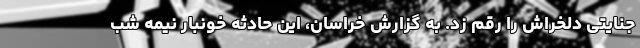
جنایتی دلخراش را رقم زد. به گزارش خراسان، این حادثه خونبار نیمه شب